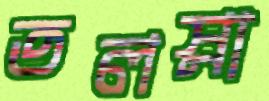
তলস্না